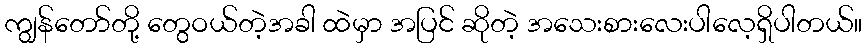
ကျွန်တော်တို့ တွေဝယ်တဲ့အခါ ထဲမှာ အပြင် ဆိုတဲ့ အသေးစားလေးပါလေ့ရှိပါတယ်။